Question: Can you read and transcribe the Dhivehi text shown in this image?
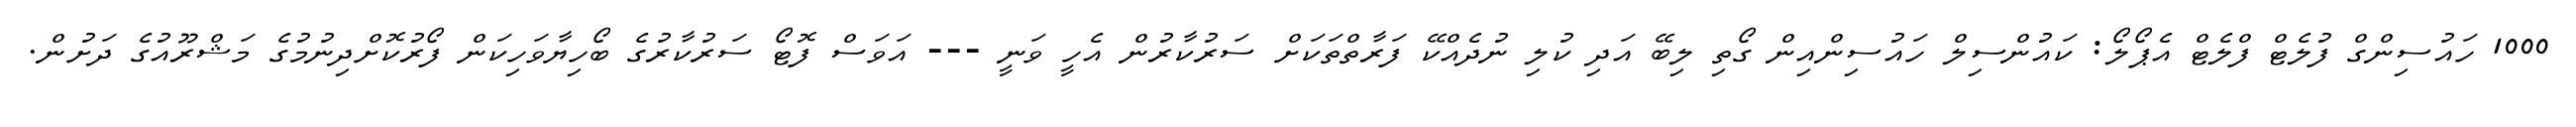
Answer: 1000 ހައުސިންގް ފުލެޓް ފްލެޓް އެޕޯލޯ: ކައުންސިލް ހައުސިންއިން ގޯތި ލިބޭ އަދި ކުލި ނުދެއްކޭ ފަރާތްތަކަށް ސަރުކާރުން އެހީ ވަނީ --- އަވަސް ފޮޓޯ ސަރުކާރުގެ ބޯހިޔާވަހިކަން ފޯރުކޮށްދިނުމުގެ މަޝްރޫއުގެ ދަށުން.